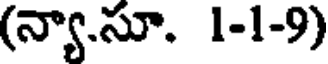
(న్యా.సూ. 1-1-9)